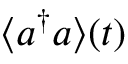
\langle a ^ { \dagger } a \rangle ( t )